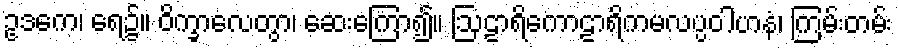
ဥဒကေ၊ ရေ၌။ ဝိက္ခာလေတွာ၊ ဆေးကြော၍။ ဩဠာရိကောဠာရိကမလပ္ပဝါဟနံ၊ ကြမ်းတမ်း